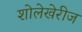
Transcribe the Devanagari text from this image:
शोलेखेरीज